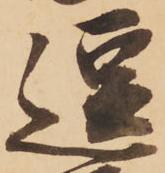
逗